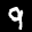
Digit: 9